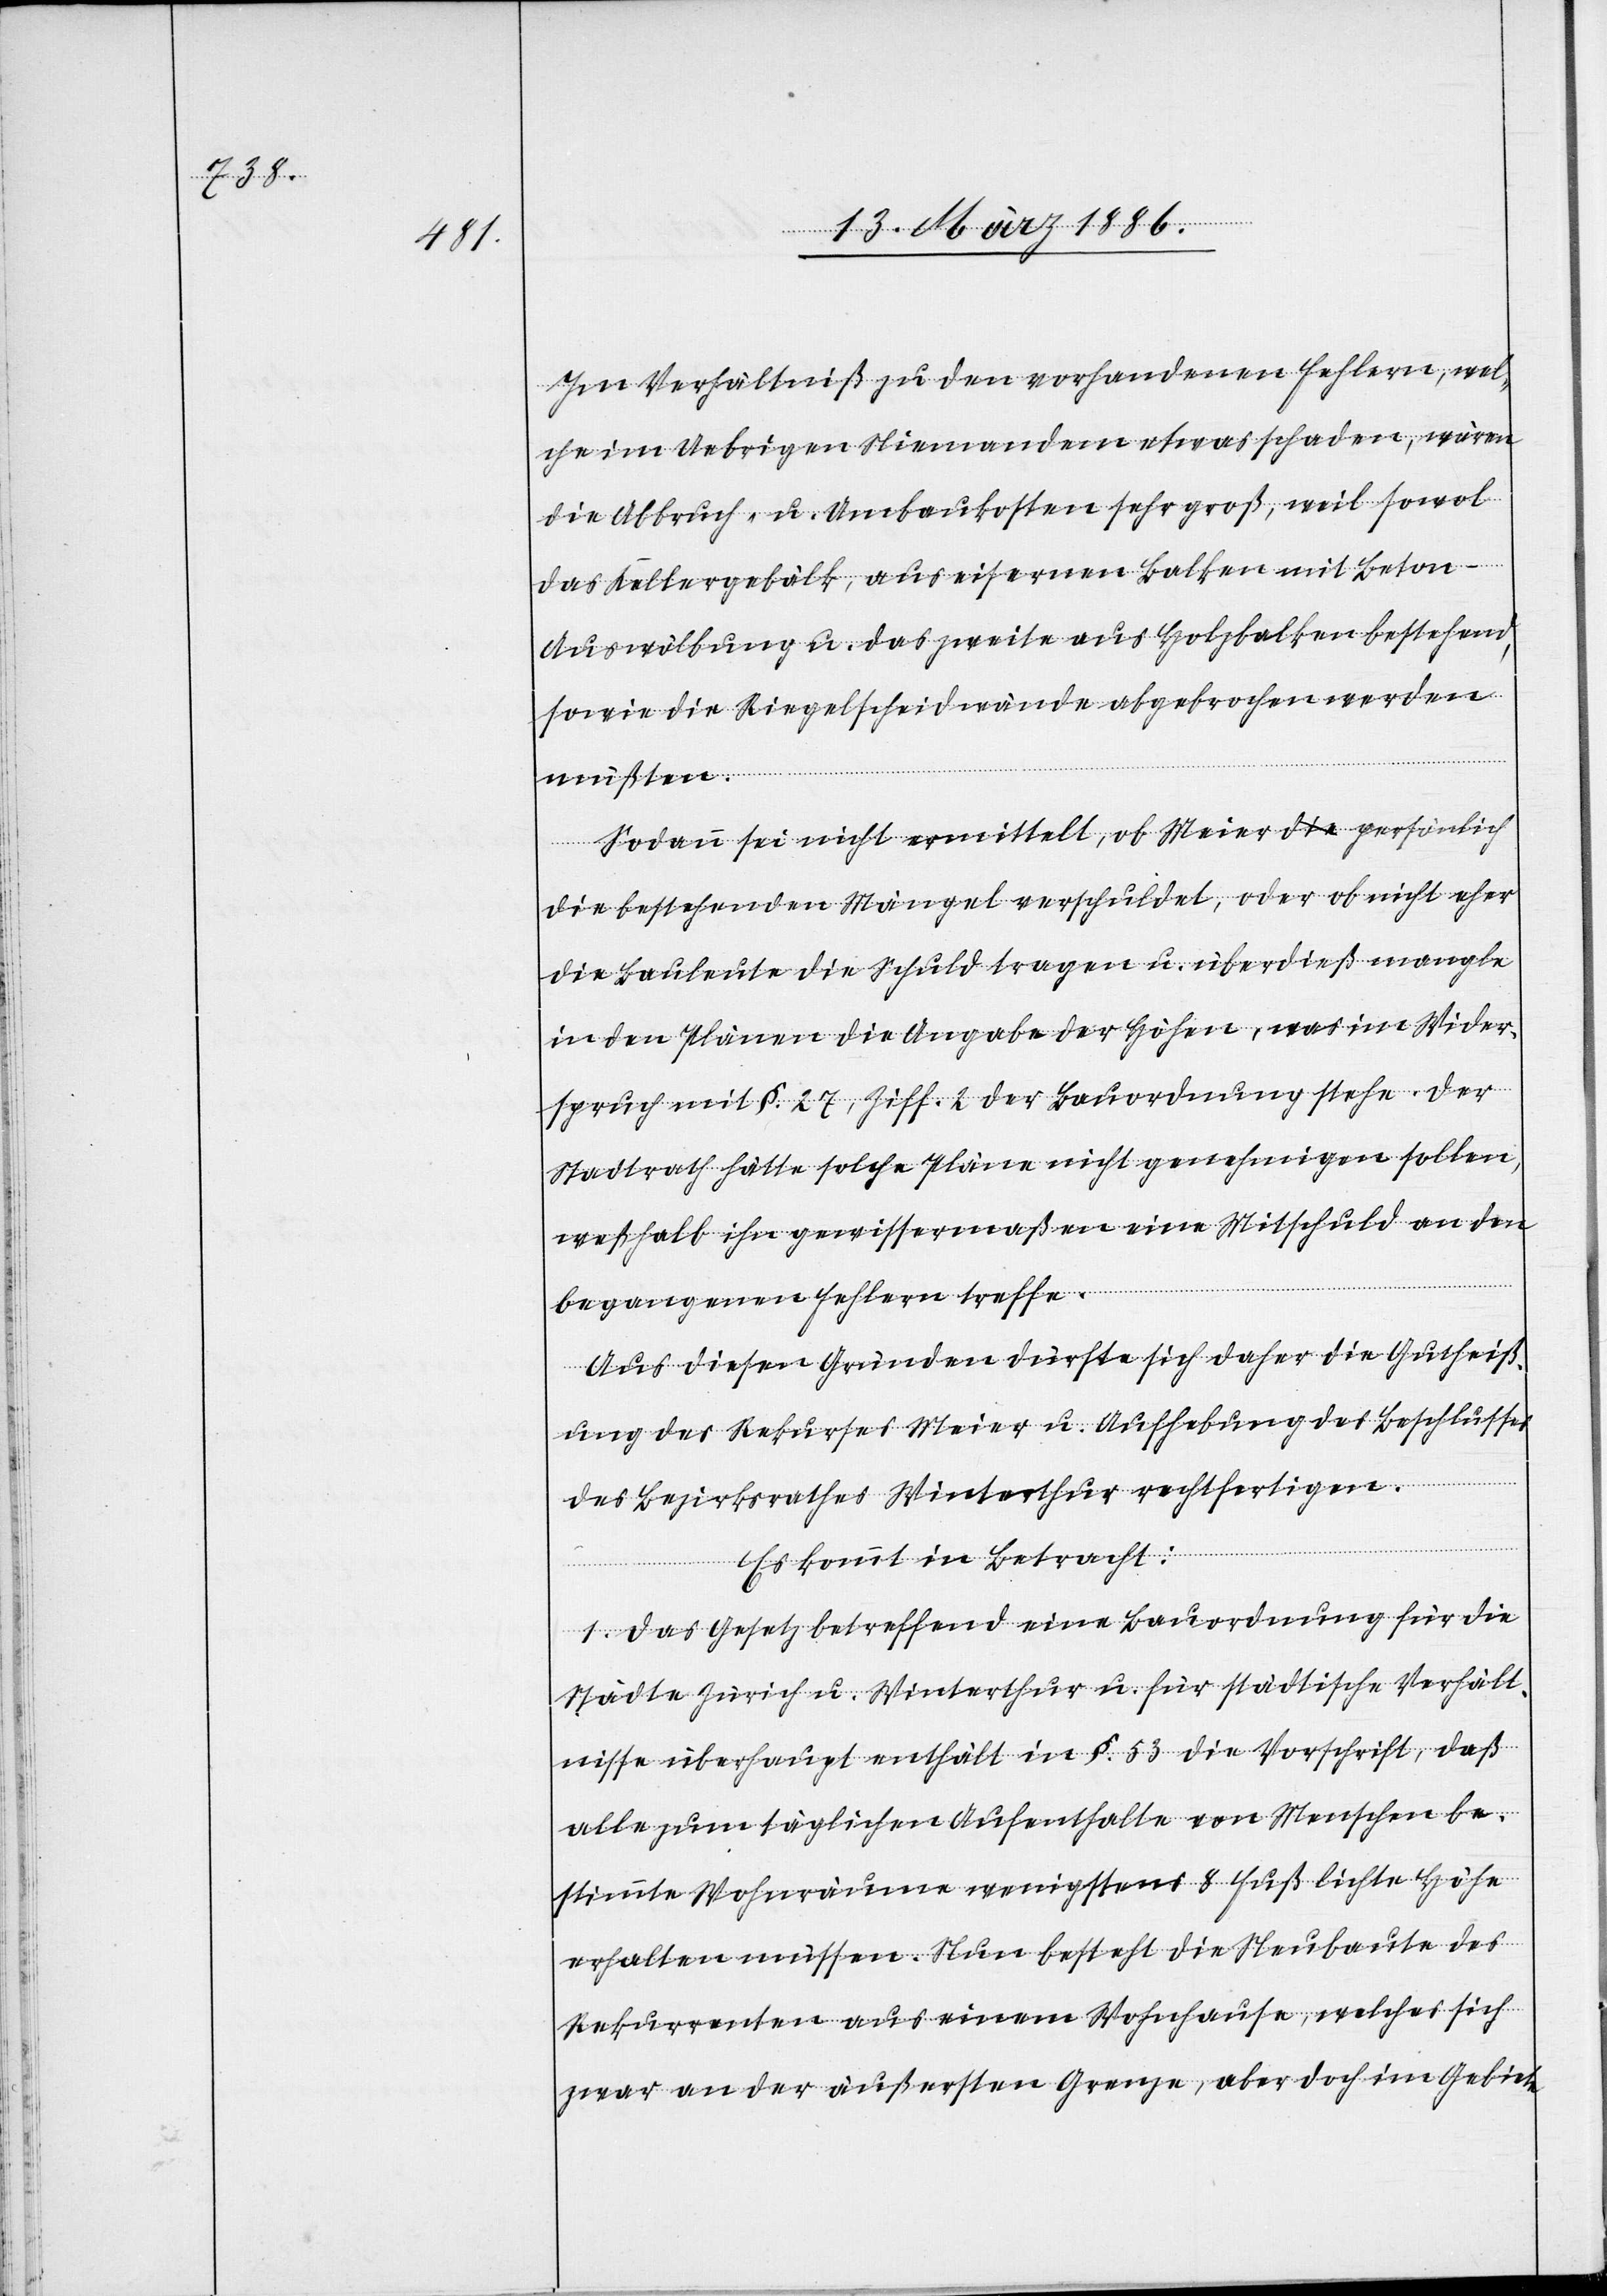
Im Verhältniß zu den vorhandenen Fehlern, wel¬
che im Uebrigen Niemandem etwas schaden, wären
die Abbruch- u. Umbaukosten sehr groß, weil sowol
das Kellergebälk, aus eisernen Balken mit Beton-A¬
uswölbung u. das zweite aus Holzbalken bestehend
wobei die Ringelscheidwände abgebrochen werden
müßten.
Sodann sei nicht ermittelt, ob Meier persönlich
die bestehenden Mängel verschuldet, oder ob nicht eher
die Bauleute die Schuld tragen u. überdieß mangle
in den Plänen die Angabe der Höhe, was im Wider¬
spruch mit §. 27, Ziff. 2 der Bauordnung stehe. Der
Stadtrath hätte solche Pläne nicht genehmigen sollen,
weßhalb ihn gewissermaßen eine Mitschuld an den
begangenen Fehlern treffe.
Aus diesen Gründen dürfte sich daher die Gutheiß¬
ung des Rekurses Meier u. Aufhebung des Beschlusses
des Bezirksrathes Winterthur rechtfertigen.
Es kommt in Betracht:
1. Das Gesetz betreffend eine Bauordnung für die
Städte Zürich u. Winterthur u. für städtische Verhält¬
nisse überhaupt enthält in §. 53 die Vorschrift, daß
alle zum täglichen Aufenthalte von Menschen be¬
stimmte Wohnräume wenigstens 8 Fuß lichte Höhe
erhalten müssen. Nun besteht die Neubaute des
Rekurrenten aus einem Wohnhause, welches sich
zwar an der äußersten Grenze, aber doch im Gebiete